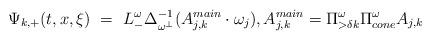
LaTeX: \begin{align*}\Psi_{k,+}(t,x,\xi) \ = \ L^\omega_- \Delta^{-1}_{\omega^\perp} (A_{j,k}^{main} \cdot \omega_j), A_{j,k}^{main} = \Pi^{\omega}_{>\delta k} \Pi^\omega_{cone} A_{j,k} \end{align*}